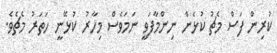
ކުރިން ފަސް މެޗު ކުޅެން ނިންމާފަވީ ނަމަވެސް މިހާރު ކުޅޭނީ ހަތަރު މެޗެވެ.